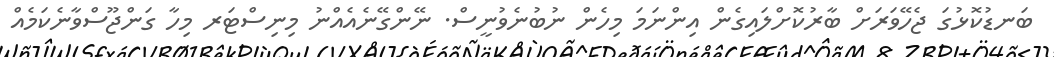
ބަނޑުކޮޅުގަ ޖެހޭވަރަށް ބާރުކޮށްލައިގެން އިންނަމަ މިހެން ނުބުނެވުނީސް. ނޭންގޭނެއެއްނު މިނިސްޓަރ މިހާ ގަންޖޫސްވާނެކަމެއް